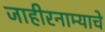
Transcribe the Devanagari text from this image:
जाहीरनाम्याचे